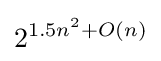
2^{1.5n^{2}+O(n)}